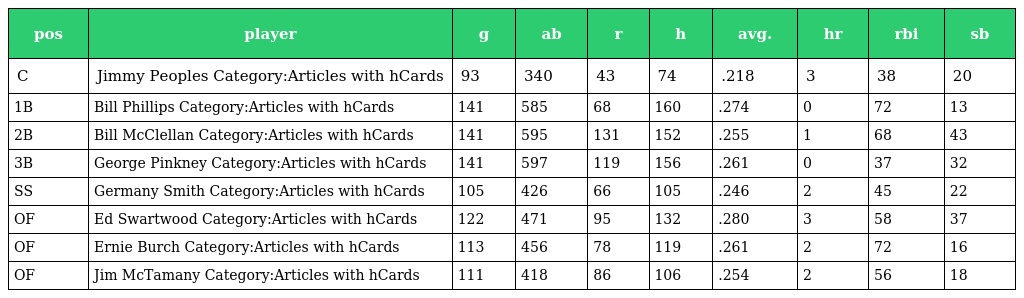
| pos | player | g | ab | r | h | avg. | hr | rbi | sb |
 | --- | --- | --- | --- | --- | --- | --- | --- | --- | --- |
 | C | Jimmy Peoples Category:Articles with hCards | 93 | 340 | 43 | 74 | .218 | 3 | 38 | 20 |
 | 1B | Bill Phillips Category:Articles with hCards | 141 | 585 | 68 | 160 | .274 | 0 | 72 | 13 |
 | 2B | Bill McClellan Category:Articles with hCards | 141 | 595 | 131 | 152 | .255 | 1 | 68 | 43 |
 | 3B | George Pinkney Category:Articles with hCards | 141 | 597 | 119 | 156 | .261 | 0 | 37 | 32 |
 | SS | Germany Smith Category:Articles with hCards | 105 | 426 | 66 | 105 | .246 | 2 | 45 | 22 |
 | OF | Ed Swartwood Category:Articles with hCards | 122 | 471 | 95 | 132 | .280 | 3 | 58 | 37 |
 | OF | Ernie Burch Category:Articles with hCards | 113 | 456 | 78 | 119 | .261 | 2 | 72 | 16 |
 | OF | Jim McTamany Category:Articles with hCards | 111 | 418 | 86 | 106 | .254 | 2 | 56 | 18 |